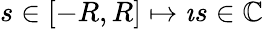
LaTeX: s\in[-R,R]\mapsto\imath s\in{\mathbb C}